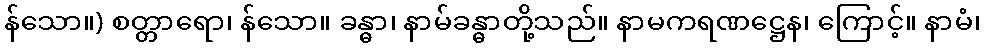
န်သော။) စတ္တာရော၊ န်သော။ ခန္ဓာ၊ နာမ်ခန္ဓာတို့သည်။ နာမကရဏဋ္ဌေန၊ ကြောင့်။ နာမံ၊